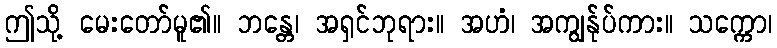
ဤသို့ မေးတော်မူ၏။ ဘန္တေ၊ အရှင်ဘုရား။ အဟံ၊ အကျွန်ုပ်ကား။ သက္ကော၊